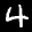
Label: 4